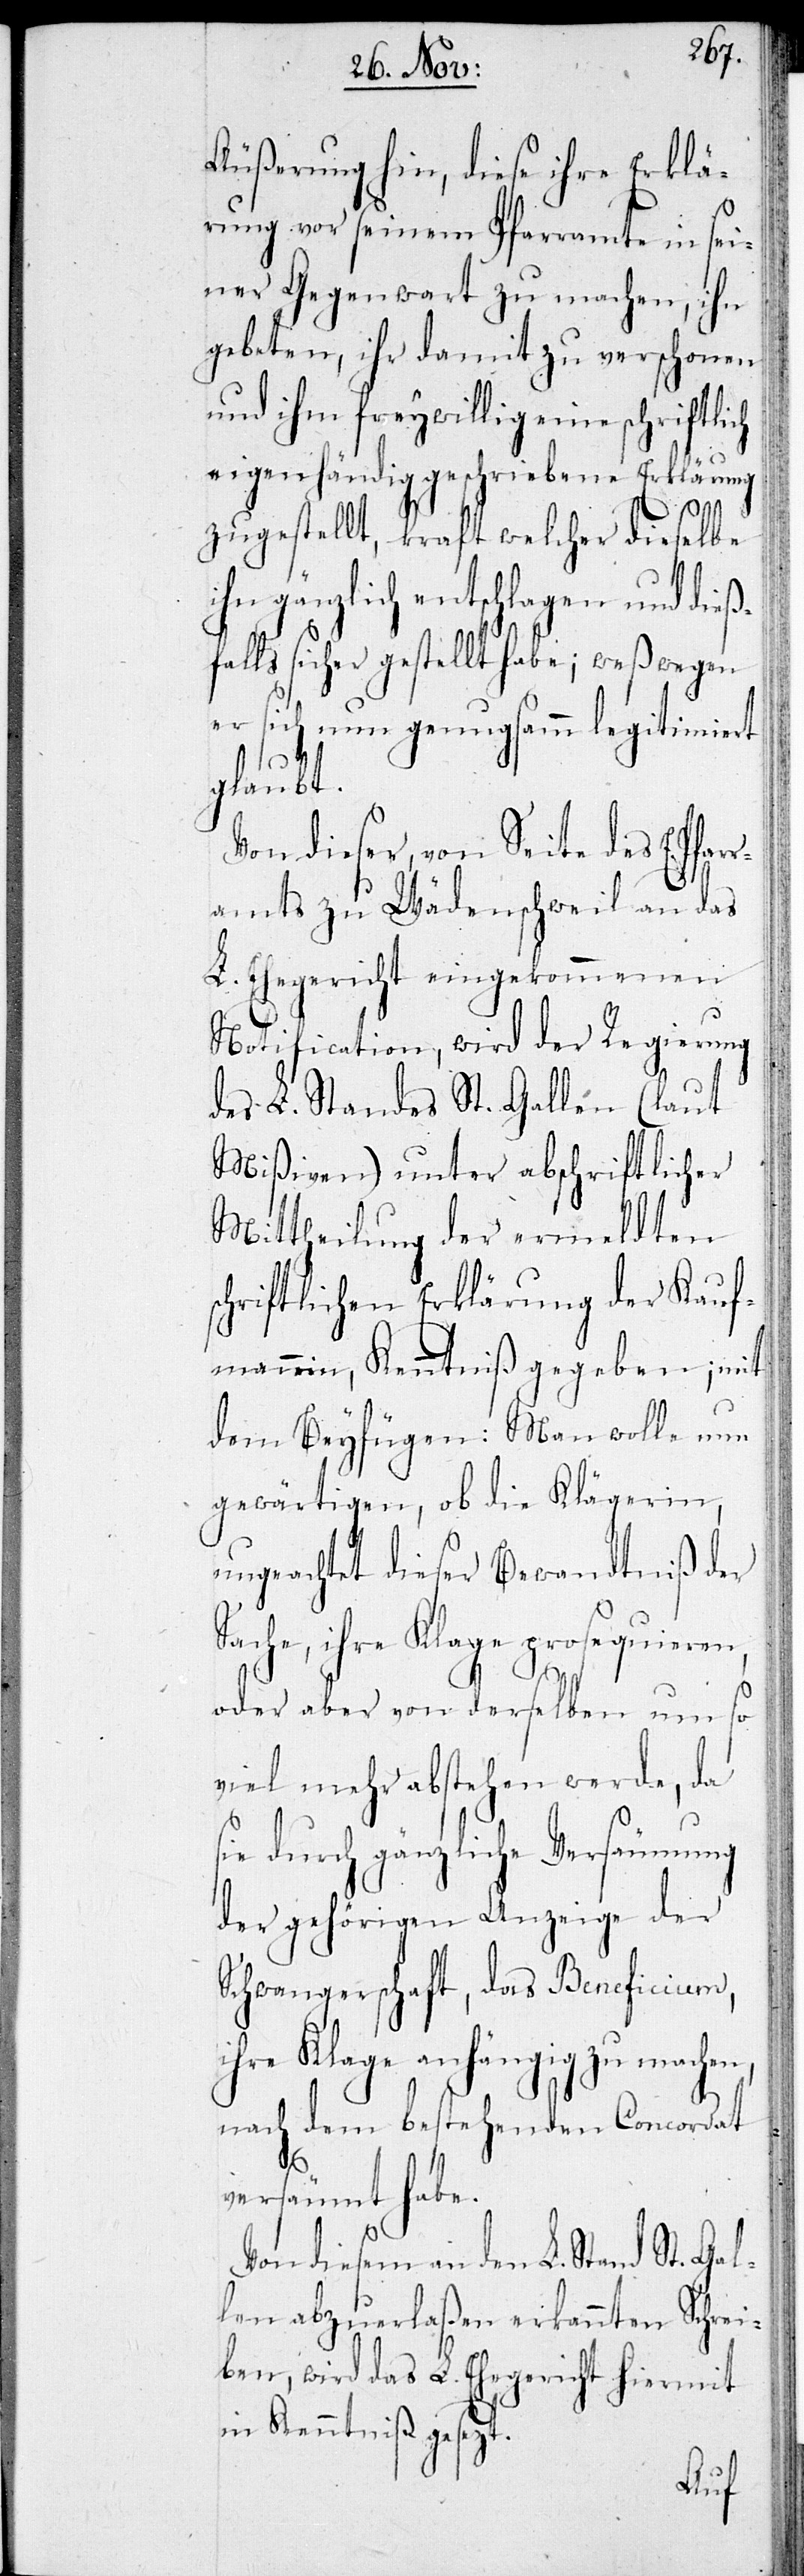
Äußerung hin, diese ihre Erklä¬
rung vor seinem Pfarramte in sei¬
ner Gegenwart zu machen, ihn
gebeten, ihr damit zu verschonen
und ihm freywillig eine schriftli¬
eigenhändig geschriebene Erklärung
zugestellt, kraft welcher dieselbe
gänzlich entschlagen und die¬
ßfalls sicher gestellt habe; weßwegen
er sich nun genugsamm legitimiert
glaubt.
Von dieser, von Seite des E. Pfa¬
rramts zu Wädenschweil an das
L. Ehegericht eingekommenen
Notification, wird der Regierung
des L. Standes St. Gallen (laut
Mißiven) unter abschriftlicher
Mittheilung der ermeldten
chriftlichen Erklärung der Kauf¬
mannin, Kenntniß gegeben; mit
dem Beyfügen: Man wolle nun
gewärtigen, ob die Klägerin,
ungeachtet dieser Bewandtniß der
Sache, ihre Klage prosequieren,
oder aber von derselben um so
viel mehr abstehen werde, da
sie durch gänzliche Versäumung
der gehörigen Anzeige der
Schwangerschaft, das Beneficium,
ihre Klage anhängig zu machen,
nach dem bestehenden Concordat
versäumt habe.
Von diesem in den L. Stand St. Gal¬
len abzuerlaßen erkannten Schrei¬
ben, wird das L.Ehegericht hiermit
in Kenntniß gesezt.
s¬